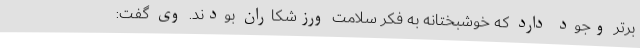
برتر وجود دارد که خوشبختانه به فکر سلامت ورزشکاران بودند. وی گفت: